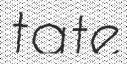
tate